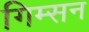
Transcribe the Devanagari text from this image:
गिम्सन